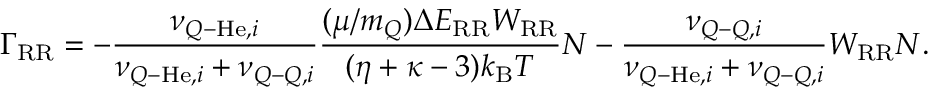
\Gamma _ { \mathrm { R R } } = - \frac { \nu _ { Q \mathrm { - } \mathrm { H e } , i } } { \nu _ { Q \mathrm { - } \mathrm { H e } , i } + \nu _ { Q \mathrm { - } Q , i } } \frac { ( \mu / m _ { Q } ) \Delta E _ { \mathrm { R R } } W _ { \mathrm { R R } } } { ( \eta + \kappa - 3 ) k _ { \mathrm { B } } T } N - \frac { \nu _ { Q \mathrm { - } Q , i } } { \nu _ { Q \mathrm { - } \mathrm { H e } , i } + \nu _ { Q \mathrm { - } Q , i } } W _ { \mathrm { R R } } N .